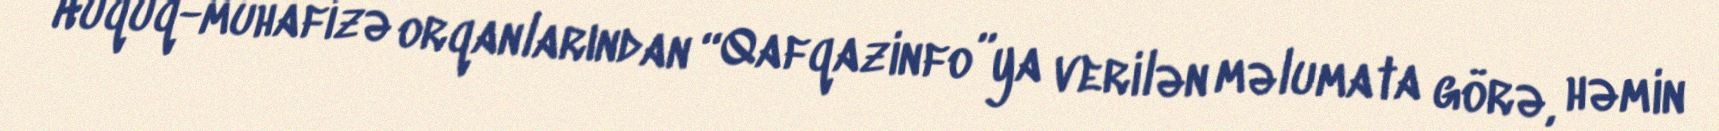
Hüquq-mühafizə orqanlarından “Qafqazinfo”ya verilən məlumata görə, həmin